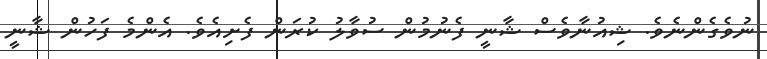
ނުވެގެންނެވެ. ޝިއުނާވެސް ޝާނީ ފެނުމުން ސުވާލު ކުރަން ފެށިއެވެ. އެންމެ ފަހުން ޝާނީ